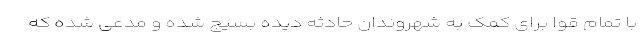
با تمام قوا برای کمک به شهروندان حادثه دیده بسیج شده و مدعی شده که